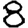
Digit: 8